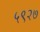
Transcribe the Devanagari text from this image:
५९२७